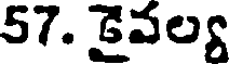
57. డైవల్య